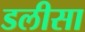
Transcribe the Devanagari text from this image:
डलीसा